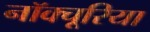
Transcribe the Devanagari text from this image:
नॉक्चूरिया